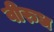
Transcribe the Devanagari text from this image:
वीरुध